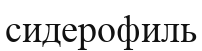
сидерофиль